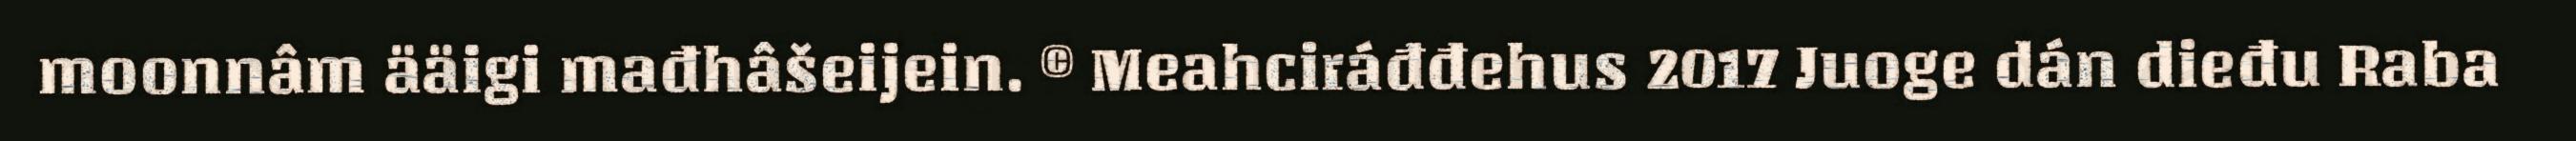
moonnâm ääigi mađhâšeijein. © Meahciráđđehus 2017 Juoge dán dieđu Raba